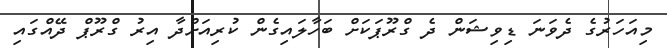
މިއަހަރުގެ ދެވަނަ ޑިވިޝަން ދެ ގްރޫޕަކަށް ބަހާލައިގެން ކުރިއަށްދާ އިރު ގްރޫޕް ދޭއްގައި